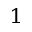
_ { 1 }